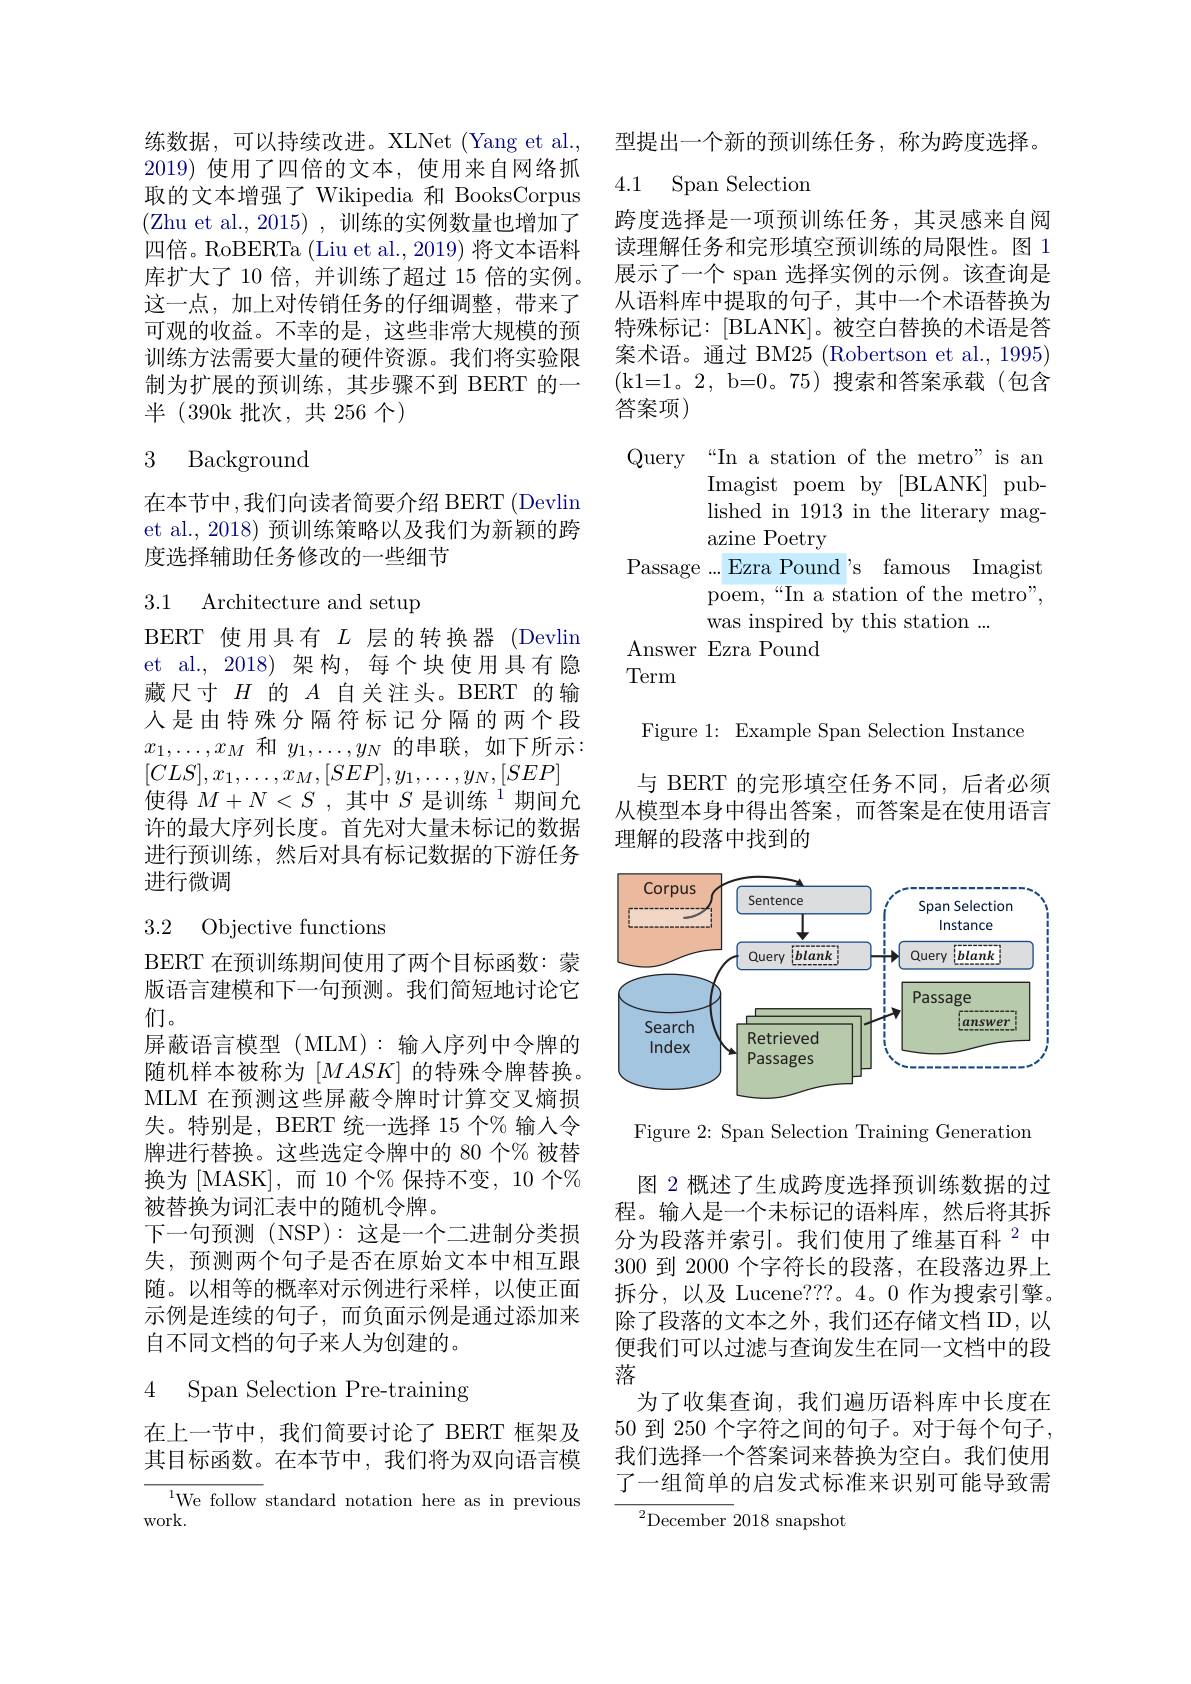
练数据，可以持续改进。XLNet (Yang et al., 2019) 使用了四倍的文本，使用来自网络抓取的文本增强了 Wikipedia 和 BooksCorpus (Zhu et al., 2015) , 训练的实例数量也增加了四倍。RoBERTa (Liu et al., 2019) 将文本语料库扩大了 10 倍，并训练了超过 15 倍的实例。这一点，加上对传销任务的仔细调整，带来了可观的收益。不幸的是，这些非常大规模的预训练方法需要大量的硬件资源。我们将实验限制为扩展的预训练，其步骤不到 BERT 的一半 (390k 批次，共 256 个)

## 3 Background

在本节中，我们向读者简要介绍 BERT( Devlin) et al., 2018) 预训练策略以及我们为新颖的跨度选择辅助任务修改的一些细节

3.1 Architecture and setup

BERT 使用具有$L$层的转换器 (Devlin et al., 2018)架构，每个块使用具有隐藏尺寸$H$的$A$自关注头。BERT 的输人是由特殊分隔符标记分隔的两个段$x_1,\ldots,x_M$和$y_1,\ldots,y_N$的串联，如下所示： $[CLS],x_{1},\ldots,x_{M},[SEP],y_{1},\ldots,y_{N},[SEP]$ 使得$M+ N< S$, 其中$S\text{ 是训练}^1$期间允许的最大序列长度。首先对大量未标记的数据进行预训练，然后对具有标记数据的下游任务进行微调

## 3.2 Objective functions

BERT 在预训练期间使用了两个目标函数：蒙版语言建模和下一句预测。我们简短地讨论它们。
屏蔽语言模型(MLM):输入序列中令牌的随机样本被称为$[MASK]$的特殊令牌替换。MLM 在预测这些屏蔽令牌时计算交叉熵损失。特别是，BERT 统一选择 15 个% 输入令牌进行替换。这些选定令牌中的 80 个% 被替换为 [MASK],而 10 个% 保持不变，10 个% 被替换为词汇表中的随机令牌。
下一句预测(NSP):这是一个二进制分类损失，预测两个句子是否在原始文本中相互跟随。以相等的概率对示例进行采样，以使正面示例是连续的句子，而负面示例是通过添加来自不同文档的句子来人为创建的。

# 4 Span Selection Pre-training

在上一节中，我们简要讨论了 BERT 框架及其目标函数。在本节中，我们将为双向语言模

$^{1}$We follow standard notation here as in previous
work.

型提出一个新的预训练任务，称为跨度选择。

### 4.1 Span Selection

跨度选择是一项预训练任务，其灵感来自阅读理解任务和完形填空预训练的局限性。图 1展示了一个 span 选择实例的示例。该查询是从语料库中提取的句子，其中一个术语替换为特殊标记：[BLANK]。被空白替换的术语是答案术语。通过 BM25 (Robertson et al., 1995) ( k1= 1。2, b= 0。75) 搜索和答案承载(包含答案项)

Query“In a station of the metro" is an
Imagist poem by [BLANK] published in 1913 in the literary magazine Poetry
Passage...Ezra Pound's famous Imagist
poem,“In a station of the metro",
was inspired by this station ...
Answer Ezra Pound
Term

Figure 1: Example Span Selection Instance

与 BERT 的完形填空任务不同，后者必须从模型本身中得出答案，而答案是在使用语言理解的段落中找到的

<FigureHere>

Figure 2: Span Selection Training Generation

图 2 概述了生成跨度选择预训练数据的过程。输入是一个未标记的语料库，然后将其拆分为段落并索引。我们使用了维基百科$^{2}$中300 到 2000 个字符长的段落，在段落边界上拆分，以及 Lucene???。4。0 作为搜索引擎。除了段落的文本之外，我们还存储文档 ID,以便我们可以过滤与查询发生在同一文档中的段落
为了收集查询，我们遍历语料库中长度在50 到 250 个字符之间的句子。对于每个句子， 我们选择一个答案词来替换为空白。我们使用了一组简单的启发式标准来识别可能导致需

${}^{2}$December 2018 snapshot